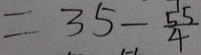
= 3 5 - \frac { 5 5 } { 4 }